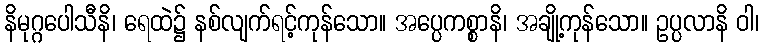
နိမုဂ္ဂပေါသီနိ၊ ရေထဲ၌ နစ်လျက်ရင့်ကုန်သော။ အပ္ပေကစ္စာနိ၊ အချို့ကုန်သော။ ဥပ္ပလာနိ ဝါ၊